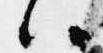
ハ